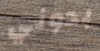
بدوني